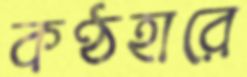
কণ্ঠহারে